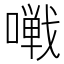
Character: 𱔩